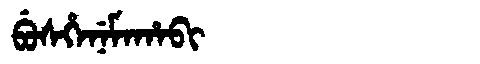
Manchu: ᠪᡠᠰᡥᡝᠨᡝᠮᠠᡥᠠᠪᡳ
Romanization: BUSHENEMAHABI